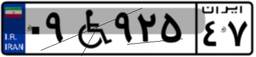
۰۹W۹۲۵۴۷